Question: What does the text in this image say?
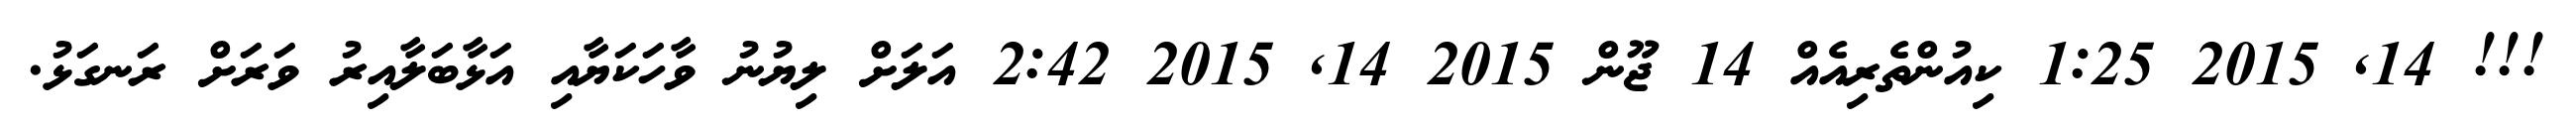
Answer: !!! 14, 2015 1:25 ކިއުންތެރިއެއް 14 ޖޫން 2015 14, 2015 2:42 އަލަށް ލިޔުނު ވާހަކަޔާއި އަޅާބަލާއިރު ވަރަށް ރަނގަޅު.